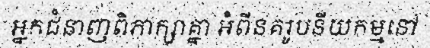
អ្នកជំនាញពិភាក្សាគ្នា អំពីនគរូបនីយកម្មនៅ